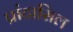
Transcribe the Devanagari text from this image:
प्रांटासिल